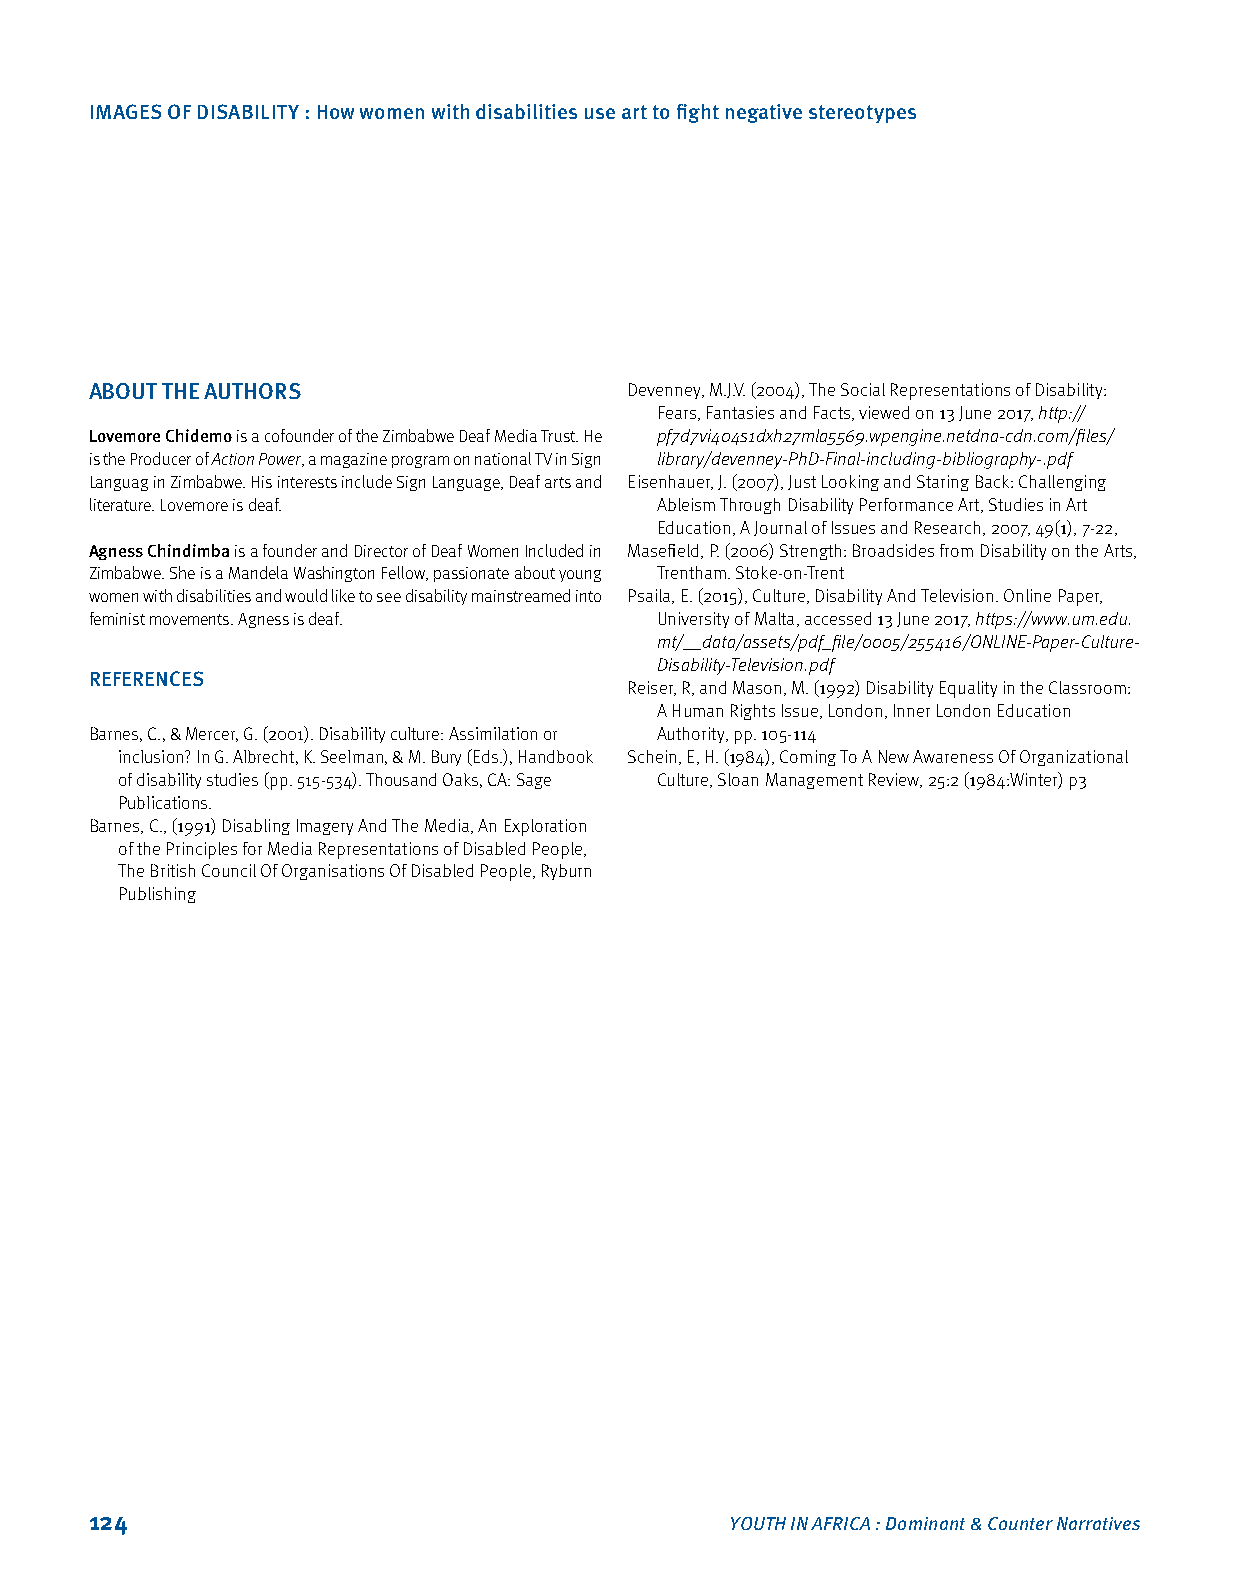
IMAGES OF DISABILITY : How women with disabilities use art to fight negative stereotypes
 ABOUT THE AUTHORS                   Devenney, M.J.V. (2004), The Social Representations of Disability:
 Fears, Fantasies and Facts, viewed on 13 June 2017, http://
 Lovemore Chidemo is a cofounder of the Zimbabwe Deaf Media Trust. He pf7d7vi404s1dxh27mla5569.wpengine.netdna-cdn.com/files/
 is the Producer of Action Power, a magazine program on national TV in Sign library/devenney-PhD-Final-including-bibliography-.pdf
 Languag in Zimbabwe. His interests include Sign Language, Deaf arts and Eisenhauer, J. (2007), Just Looking and Staring Back: Challenging
 literature. Lovemore is deaf.        Ableism Through Disability Performance Art, Studies in Art
 Education, A Journal of Issues and Research, 2007, 49(1), 7‑22,
 Agness Chindimba is a founder and Director of Deaf Women Included in Masefield, P. (2006) Strength: Broadsides from Disability on the Arts,
 Zimbabwe. She is a Mandela Washington Fellow, passionate about young Trentham. Stoke‑on‑Trent
 women with disabilities and would like to see disability mainstreamed into Psaila, E. (2015), Culture, Disability And Television. Online Paper,
 feminist movements. Agness is deaf.  University of Malta, accessed 13 June 2017, https://www.um.edu.
 mt/__data/assets/pdf_file/0005/255416/ONLINE-Paper-Culture-
 Disability-Television.pdf
 REFERENCES
 Reiser, R, and Mason, M. (1992) Disability Equality in the Classroom:
 A Human Rights Issue, London, Inner London Education
 Barnes, C., & Mercer, G. (2001). Disability culture: Assimilation or Authority, pp. 105‑114
 inclusion? In G. Albrecht, K. Seelman, & M. Bury (Eds.), Handbook Schein, E, H. (1984), Coming To A New Awareness Of Organizational
 of disability studies (pp. 515‑534). Thousand Oaks, CA: Sage Culture, Sloan Management Review, 25:2 (1984:Winter) p3
 Publications.
 Barnes, C., (1991) Disabling Imagery And The Media, An Exploration
 of the Principles for Media Representations of Disabled People,
 The British Council Of Organisations Of Disabled People, Ryburn
 Publishing
 124                                       YOUTH IN AFRICA : Dominant & Counter Narratives